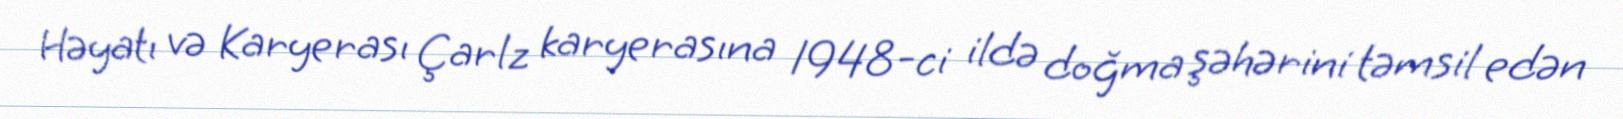
Həyatı və Karyerası Çarlz karyerasına 1948-ci ildə doğma şəhərini təmsil edən